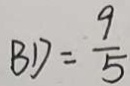
B D = \frac { 9 } { 5 }